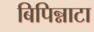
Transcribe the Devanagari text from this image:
बिपिन्नाटा